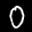
Label: 0